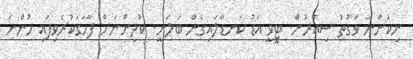
ނިކުންނަ ވަގުތު ސިއްރުން. ޓީވީ އަޑު ކަނޑާލައިގެން ބަލަނީ. ކުދިންނަށް ފާހަގަކުރެވިފައި ހުންނަ